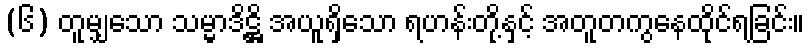
(၆) တူမျှသော သမ္မာဒိဋ္ဌိ အယူရှိသော ရဟန်းတို့နှင့် အတူတကွနေထိုင်ရခြင်း။